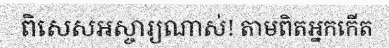
ពិសេសអស្ចារ្យណាស់! តាមពិតអ្នកកើត